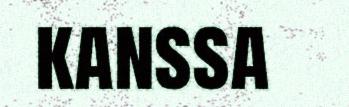
kanssa